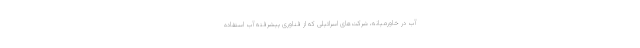
آب در خاورمیانه، شرکت‌های اسرائیلی که از فناوری پیشرفته آب استفاده